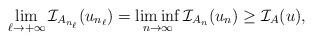
LaTeX: \begin{align*}\lim_{\ell \to + \infty} \mathcal{I}_{A_{n_\ell}} (u_{n_\ell}) = \liminf_{n \to \infty} \mathcal{I}_{A_n} (u_n) \ge \mathcal{I}_A (u),\end{align*}